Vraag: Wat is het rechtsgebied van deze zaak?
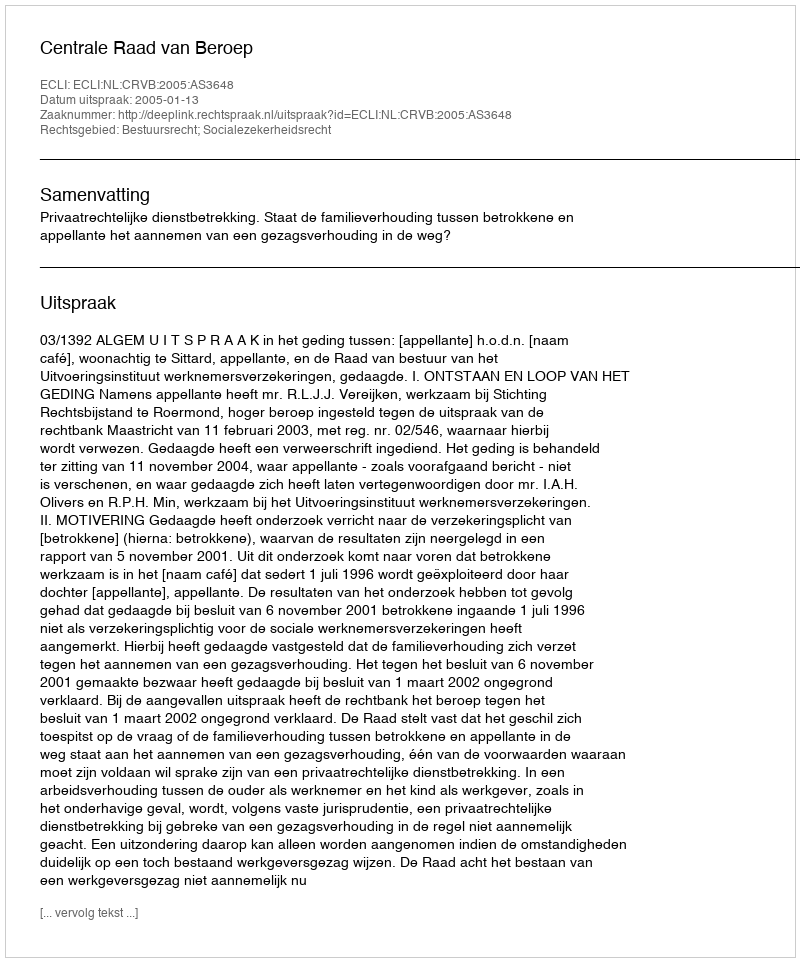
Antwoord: Bestuursrecht; Socialezekerheidsrecht